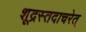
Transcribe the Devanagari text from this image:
शूद्रस्तदाचरेत्